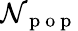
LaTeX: \mathcal{N}_{\mathrm{{~p~o~p~}}}